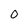
Character: 0